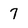
Character: 7